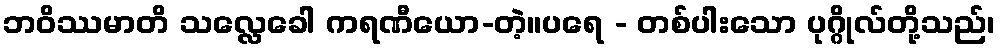
ဘဝိဿမာတိ သလ္လေခေါ ကရဏီယော-တဲ့။ပရေ - တစ်ပါးသော ပုဂ္ဂိုလ်တို့သည်၊